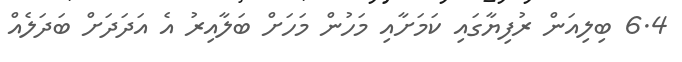
6.4 ބިލިއަން ރުފިޔާގައި ކަމަށާއި މަހުން މަހަށް ބަލާއިރު އެ އަދަދަށް ބަދަލެއް